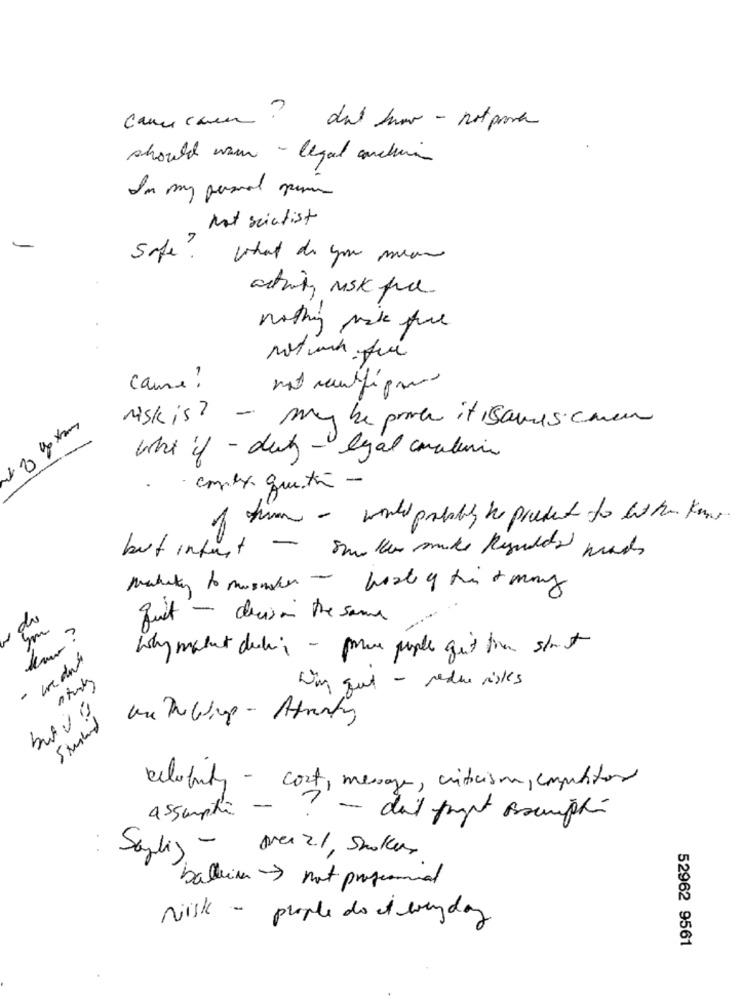
Came caen ? dal how - not para
should wam - legal conchin
In my personal pass
Mad scientist
safe ?"
what do you mean
activity risk free
nothing vak four
came ?
risk is? - may be prote it saves chen
what if - duty - legal conalumin
comey que ta -
of him - would probably the product to let hor ko
but infact - sme ker somike Rendete mads
makita to mission - host of this of many
quit - deciso the same
Wing quet - reduce risks
eclarity - cost, mesage, criticism, competitor
assumpti -
- dal frugt oscumplir
Saylig - over 21, Smokers
ballerine not profesional
Nisk - people do it every day
52962 9561